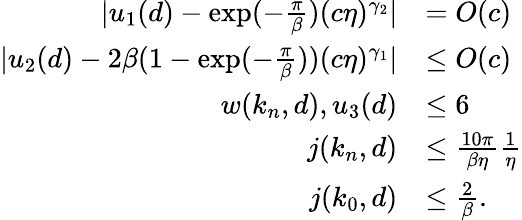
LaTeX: \begin{array}{rl}{\vert u_{1}(d)-\exp(-\frac\pi\beta)(c\eta)^{\gamma_{2}}\vert}&{=O(c)}\\ {\vert u_{2}(d)-2\beta(1-\exp(-\frac\pi\beta))(c\eta)^{\gamma_{1}}\vert}&{\le O(c)}\\ {w(k_{n},d),u_{3}(d)}&{\le 6}\\ {j(k_{n},d)}&{\le\frac{10\pi}{\beta\eta}\frac 1\eta}\\ {j(k_{0},d)}&{\le\frac 2\beta.}\end{array}